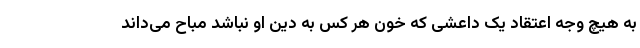
به هیچ وجه اعتقاد یک داعشی که خون هر کس به دین او نباشد مباح می‌داند